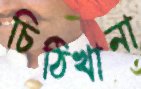
চিঠিখানা